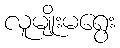
လူမျိုးမရွေး